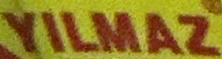
YILMAZ